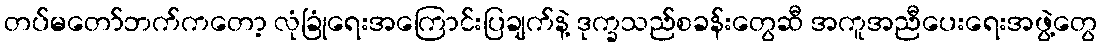
တပ်မတော်ဘက်ကတော့ လုံခြုံရေးအကြောင်းပြချက်နဲ့ ဒုက္ခသည်စခန်းတွေဆီ အကူအညီပေးရေးအဖွဲ့တွေ